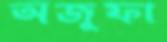
অজুফা